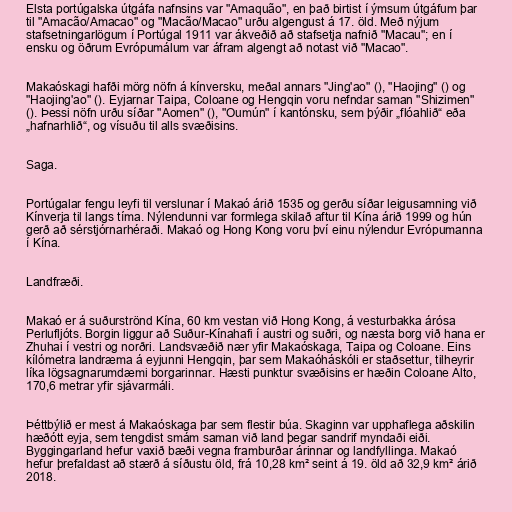
Elsta portúgalska útgáfa nafnsins var "Amaquão", en það birtist í ýmsum útgáfum þar
til "Amacão/Amacao" og "Macão/Macao" urðu algengust á 17. öld. Með nýjum
stafsetningarlögum í Portúgal 1911 var ákveðið að stafsetja nafnið "Macau"; en í
ensku og öðrum Evrópumálum var áfram algengt að notast við "Macao".

Makaóskagi hafði mörg nöfn á kínversku, meðal annars "Jing'ao" (), "Haojing" () og
"Haojing'ao" (). Eyjarnar Taipa, Coloane og Hengqin voru nefndar saman "Shizimen"
(). Þessi nöfn urðu síðar "Aomen" (), "Oumún" í kantónsku, sem þýðir „flóahlið“ eða
„hafnarhlið“, og vísuðu til alls svæðisins.

Saga.

Portúgalar fengu leyfi til verslunar í Makaó árið 1535 og gerðu síðar leigusamning við
Kínverja til langs tíma. Nýlendunni var formlega skilað aftur til Kína árið 1999 og hún
gerð að sérstjórnarhéraði. Makaó og Hong Kong voru því einu nýlendur Evrópumanna
í Kína.

Landfræði.

Makaó er á suðurströnd Kína, 60 km vestan við Hong Kong, á vesturbakka árósa
Perlufljóts. Borgin liggur að Suður-Kínahafi í austri og suðri, og næsta borg við hana er
Zhuhai í vestri og norðri. Landsvæðið nær yfir Makaóskaga, Taipa og Coloane. Eins
kílómetra landræma á eyjunni Hengqin, þar sem Makaóháskóli er staðsettur, tilheyrir
líka lögsagnarumdæmi borgarinnar. Hæsti punktur svæðisins er hæðin Coloane Alto,
170,6 metrar yfir sjávarmáli.

Þéttbýlið er mest á Makaóskaga þar sem flestir búa. Skaginn var upphaflega aðskilin
hæðótt eyja, sem tengdist smám saman við land þegar sandrif myndaði eiði.
Byggingarland hefur vaxið bæði vegna framburðar árinnar og landfyllinga. Makaó
hefur þrefaldast að stærð á síðustu öld, frá 10,28 km² seint á 19. öld að 32,9 km² árið
2018.